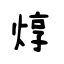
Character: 焞